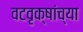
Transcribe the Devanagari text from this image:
वटवृक्षांच्या